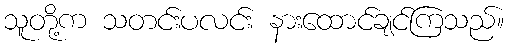
သူတို့က သတင်းပလင်း နားထောင်ချင်ကြသည်။